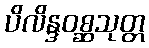
ပိလိန္ဒဝစ္ဆသုတ္တ